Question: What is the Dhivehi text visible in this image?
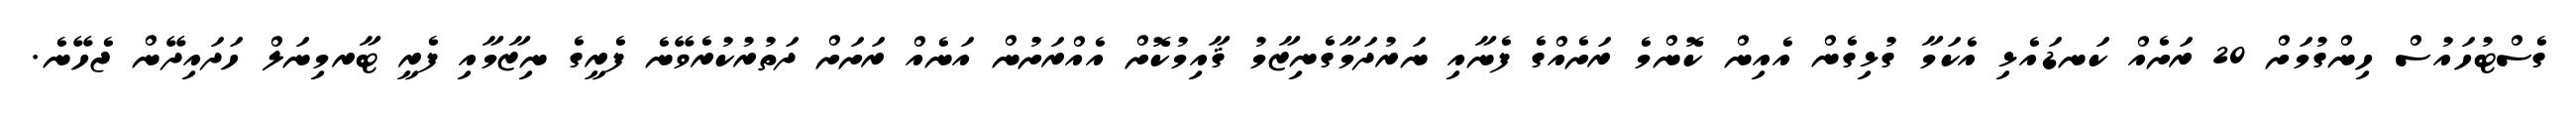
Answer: ގެސްޓުހައުސް ހިންގުމަށް 20 ރަށެއް ކަނޑައެޅި އެކަމާ ގުޅިގެން އެއިން ކޮންމެ ރަށެއްގެ ފެނާއި ނަރުދަމާގެނިޒާމު ޤާއިމުކޮށް އެއްރަށުން އަނެއް ރަށަށް ދަތުރުކުރެވޭނެ ފެރީގެ ނިޒާމާއި ފެރީ ޓާރމިނަލް ހަދައިދޭން ޖެހޭނެ.